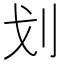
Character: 划